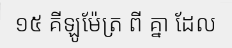
១៥ គីឡូម៉ែត្រ ពី គ្នា ដែល